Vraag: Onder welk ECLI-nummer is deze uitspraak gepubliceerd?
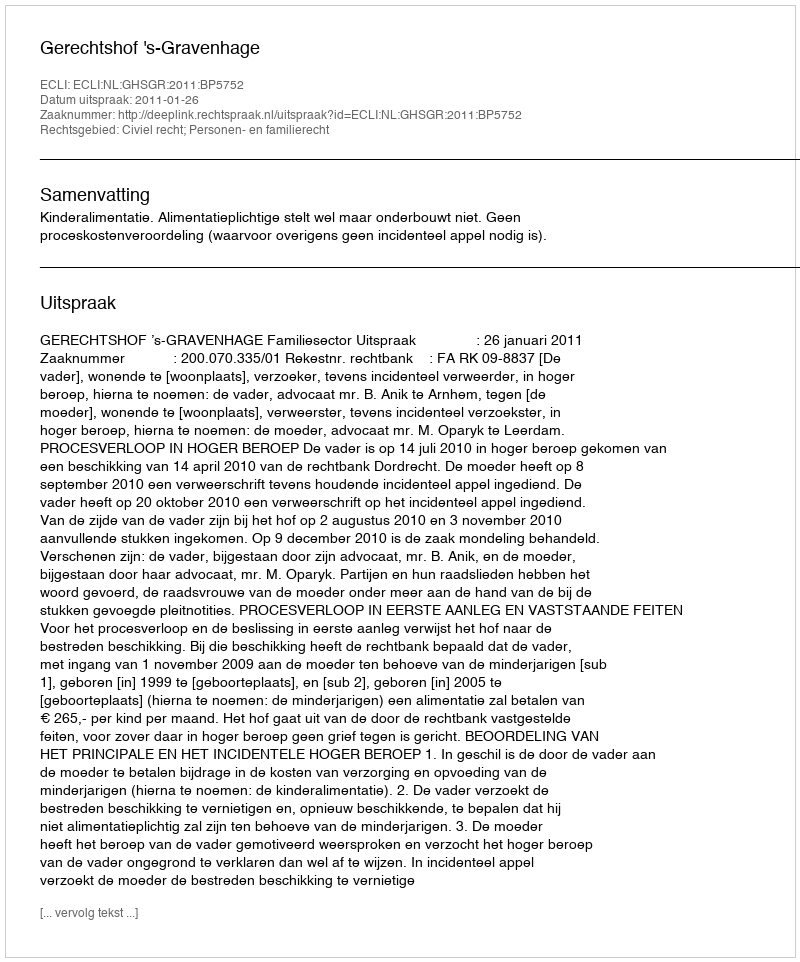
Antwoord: ECLI:NL:GHSGR:2011:BP5752